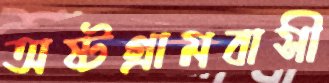
অষ্টগ্রামবাসী